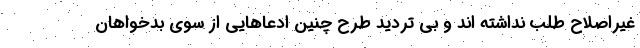
غیراصلاح طلب نداشته اند و بی تردید طرح چنین ادعاهایی از سوی بدخواهان